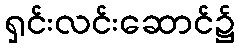
ရှင်းလင်းဆောင်၌